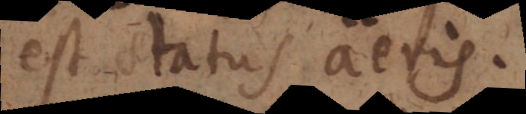
est status aëris,